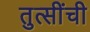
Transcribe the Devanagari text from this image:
तुत्‍सींची